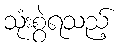
သုံးစွဲရသည့်